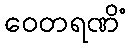
ဝေတရဏိံ